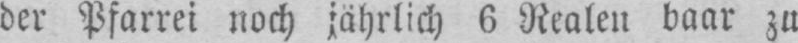
der Pfarrei noch jährlich, 6 Realen baar zu